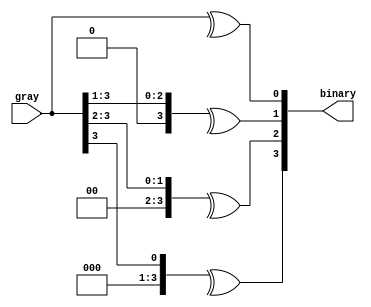
module grey__binary(input [3:0]gray,output [3:0] binary);
genvar i;
  generate
    for(i=0;i<4;i=i+1) 
    begin
      assign binary[i] = ^(gray >> i);
    end
  endgenerate
endmodule